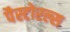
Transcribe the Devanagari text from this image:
पैस्टोरल्स